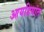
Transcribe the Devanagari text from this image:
आयडियांत